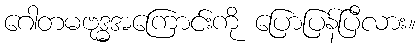
ဂေါတမဗုဒ္ဓအကြောင်းကို ပြောပြန်ပြီလား။